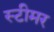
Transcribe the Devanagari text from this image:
स्‍टीमर